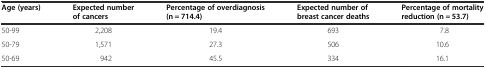
| Age (years) | Expected number of cancers | Percentage of overdiagnosis (n = 714.4) | Expected number of breast cancer deaths | Percentage of mortality reduction (n = 53.7) |
 | --- | --- | --- | --- | --- |
 | 50-99 | 2,208 | 19.4 | 693 | 7.8 |
 | 50-79 | 1,571 | 27.3 | 506 | 10.6 |
 | 50-69 | 942 | 45.5 | 334 | 16.1 |